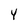
Character: 4